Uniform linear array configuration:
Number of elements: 32
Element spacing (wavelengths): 0.25
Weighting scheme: uniform
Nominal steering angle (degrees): -15
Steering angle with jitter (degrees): -14.519
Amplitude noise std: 0.05
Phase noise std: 0.05

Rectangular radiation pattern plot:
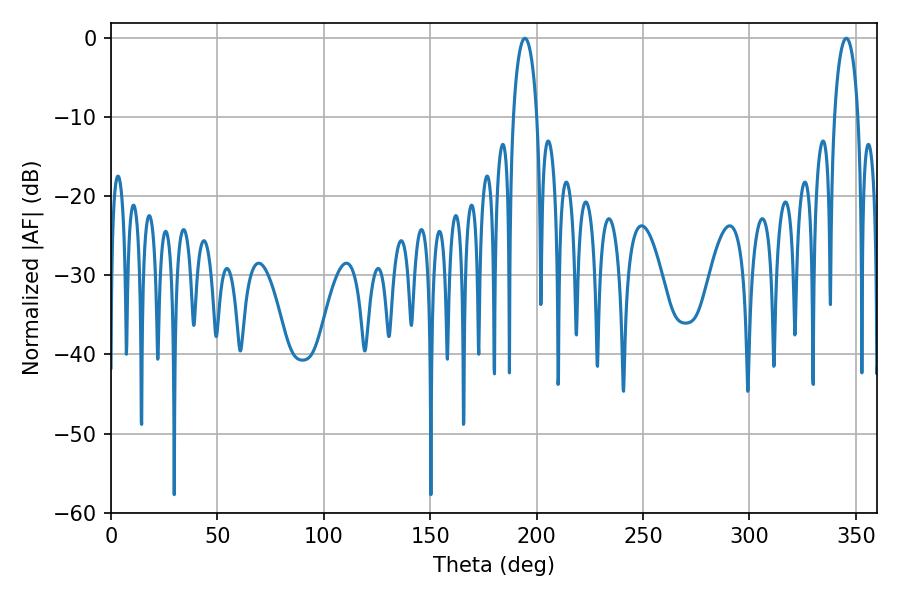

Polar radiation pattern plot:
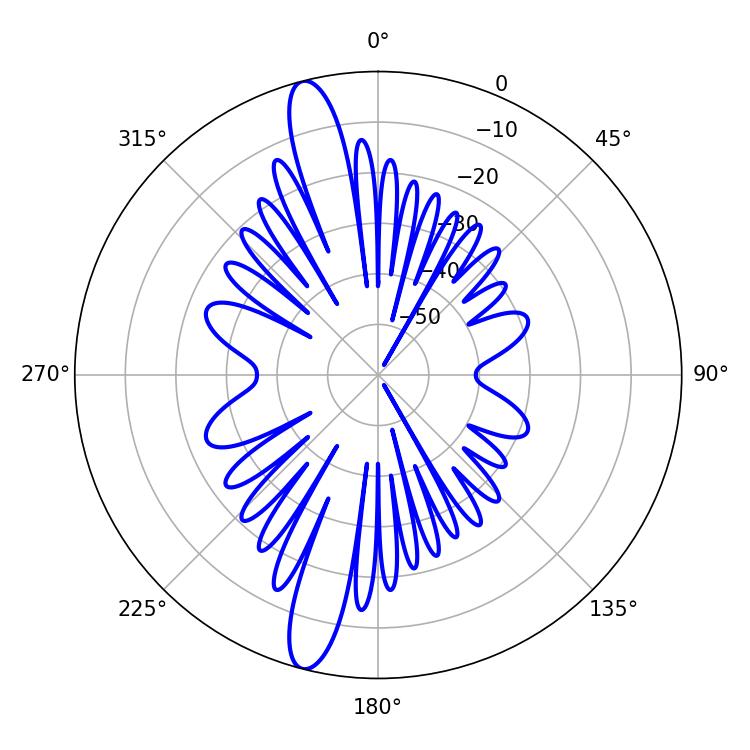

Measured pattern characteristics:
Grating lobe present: FALSE
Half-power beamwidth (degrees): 6.3
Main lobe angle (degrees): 345.42